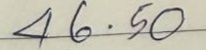
46 . 50